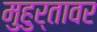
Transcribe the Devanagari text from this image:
मुहुर्तावर